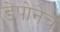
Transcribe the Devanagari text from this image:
डेपोनेच